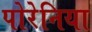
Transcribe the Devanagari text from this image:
पोरेनिया